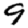
Digit: 9